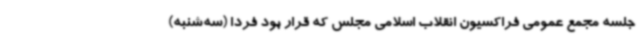
جلسه مجمع عمومی فراکسیون انقلاب اسلامی مجلس که قرار بود فردا (سه‌شنبه)